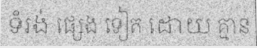
ទំរង់ ផ្សេង ទៀត ដោយ គ្មាន